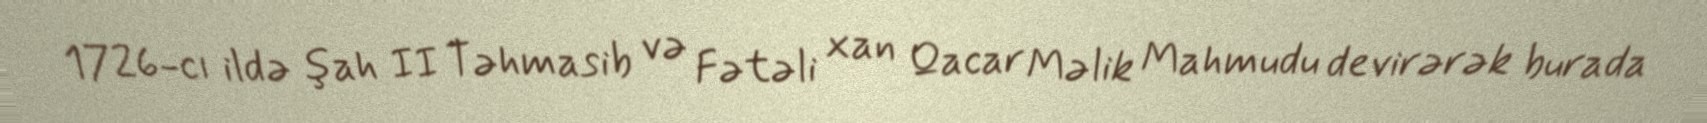
1726-cı ildə şah II Təhmasib və Fətəli xan Qacar Məlik Mahmudu devirərək burada